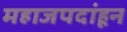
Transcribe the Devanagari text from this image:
महाजपदांहून